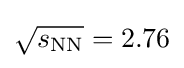
{\sqrt {s_{\mathrm {NN} }}}=2.76